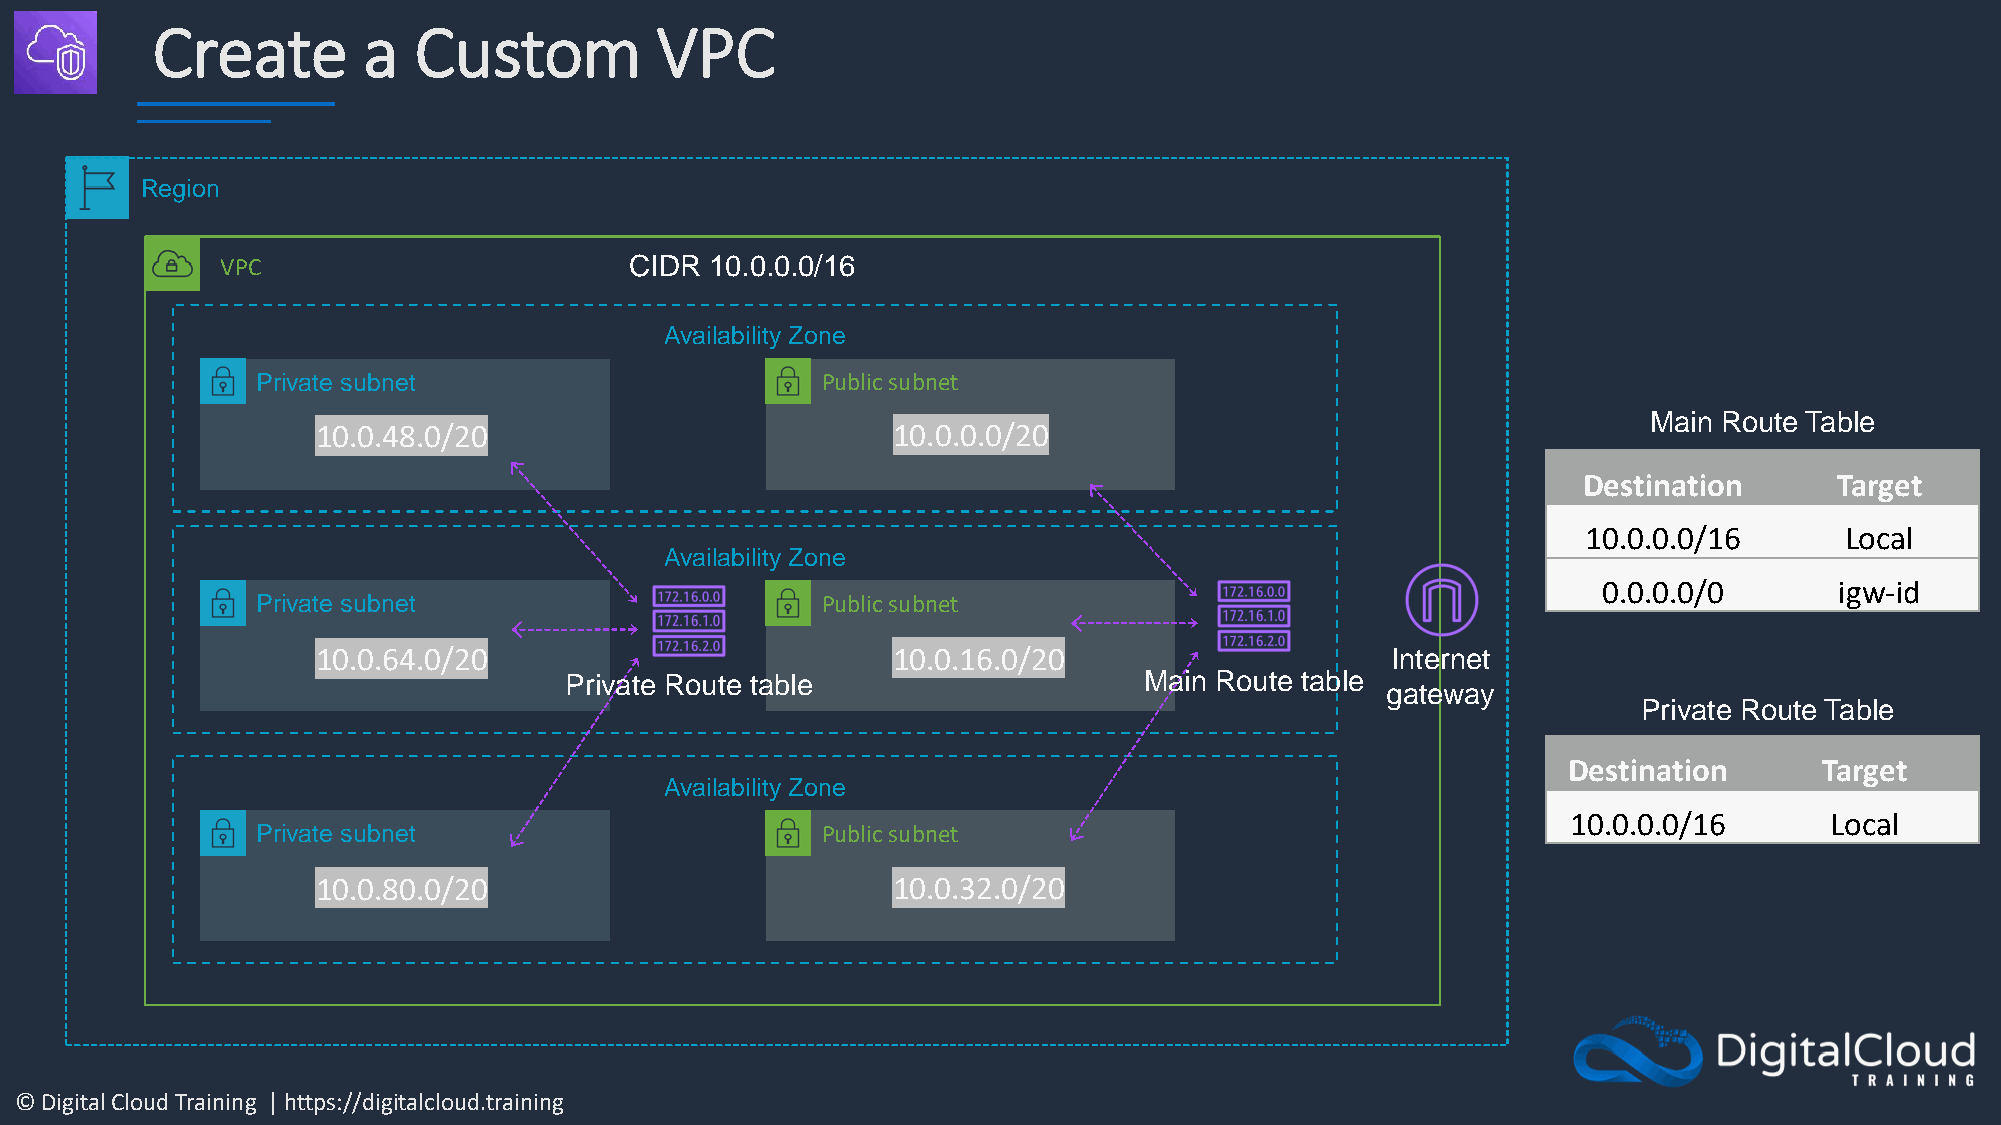
Create        a  Custom          VPC
 Region
 VPC                        CIDR 10.0.0.0/16
 Availability Zone
 Private subnet                       Public subnet
 Main Route Table
 10.0.48.0/20                          10.0.0.0/20
 Destination      Target
 10.0.0.0/16      Local
 Availability Zone
 0.0.0.0/0       igw-id
 Private subnet                       Public subnet
 10.0.64.0/20                          10.0.16.0/20                     Internet
 Private Route table                    Main Route table
 gateway
 Private Route Table
 Destination      Target
 Availability Zone
 10.0.0.0/16      Local
 Private subnet                       Public subnet
 10.0.80.0/20                          10.0.32.0/20
 © Digital Cloud Training | https://digitalcloud.training